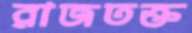
রাজতক্ত